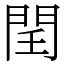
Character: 𨳝